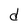
Character: d